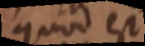
quod si